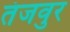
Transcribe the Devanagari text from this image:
तंजवुर